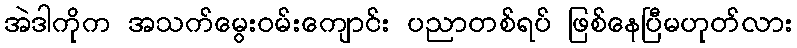
အဲဒါကိုက အသက်မွေးဝမ်းကျောင်း ပညာတစ်ရပ် ဖြစ်နေပြီမဟုတ်လား